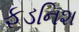
ફડનિશ